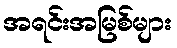
အရင်းအမြစ်များ